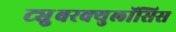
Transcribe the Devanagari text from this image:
ट्युुबरक्युलॉसिस